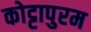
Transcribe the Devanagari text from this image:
कोट्टापुरम